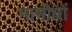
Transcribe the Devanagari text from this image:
भाभीयों